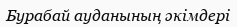
Бурабай ауданының әкімдері